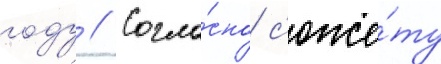
году // Согла́сно с'юже́ту